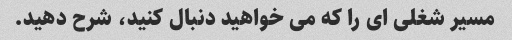
مسیر شغلی ای را که می خواهید دنبال کنید، شرح دهید.